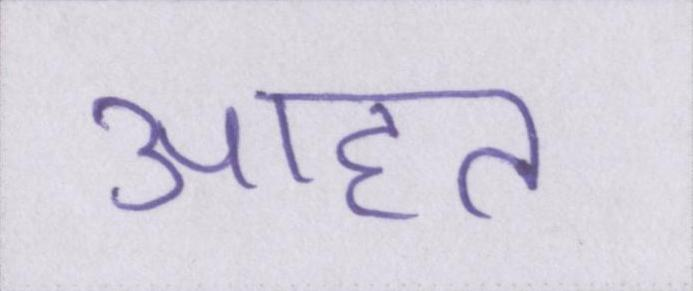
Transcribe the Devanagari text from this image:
आहत